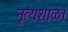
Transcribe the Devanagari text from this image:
नृत्यशाळा